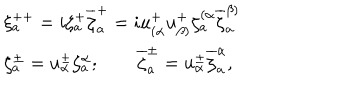
\begin{array} { l c r } { { \xi _ { a } ^ { + + } = i \zeta _ { a } ^ { + } \overline { { { \zeta } } } _ { a } ^ { + } = i u _ { ( \alpha } ^ { + } u _ { \beta ) } ^ { + } \zeta _ { a } ^ { ( \alpha } { \overline { { { \zeta } } } _ { a } ^ { \beta ) } } } } \\ { { \zeta _ { a } ^ { \pm } = u _ { \alpha } ^ { \pm } \zeta _ { a } ^ { \alpha } ; \qquad \overline { { \zeta } } _ { a } ^ { \pm } = u _ { \alpha } ^ { \pm } \overline { { { \zeta } } } _ { a } ^ { \alpha } , } } \\ \end{array}